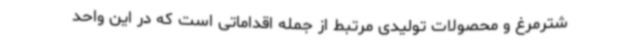
شترمرغ و محصولات تولیدی مرتبط از جمله اقداماتی است که در این واحد